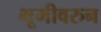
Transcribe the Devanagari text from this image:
भूमीवरुन